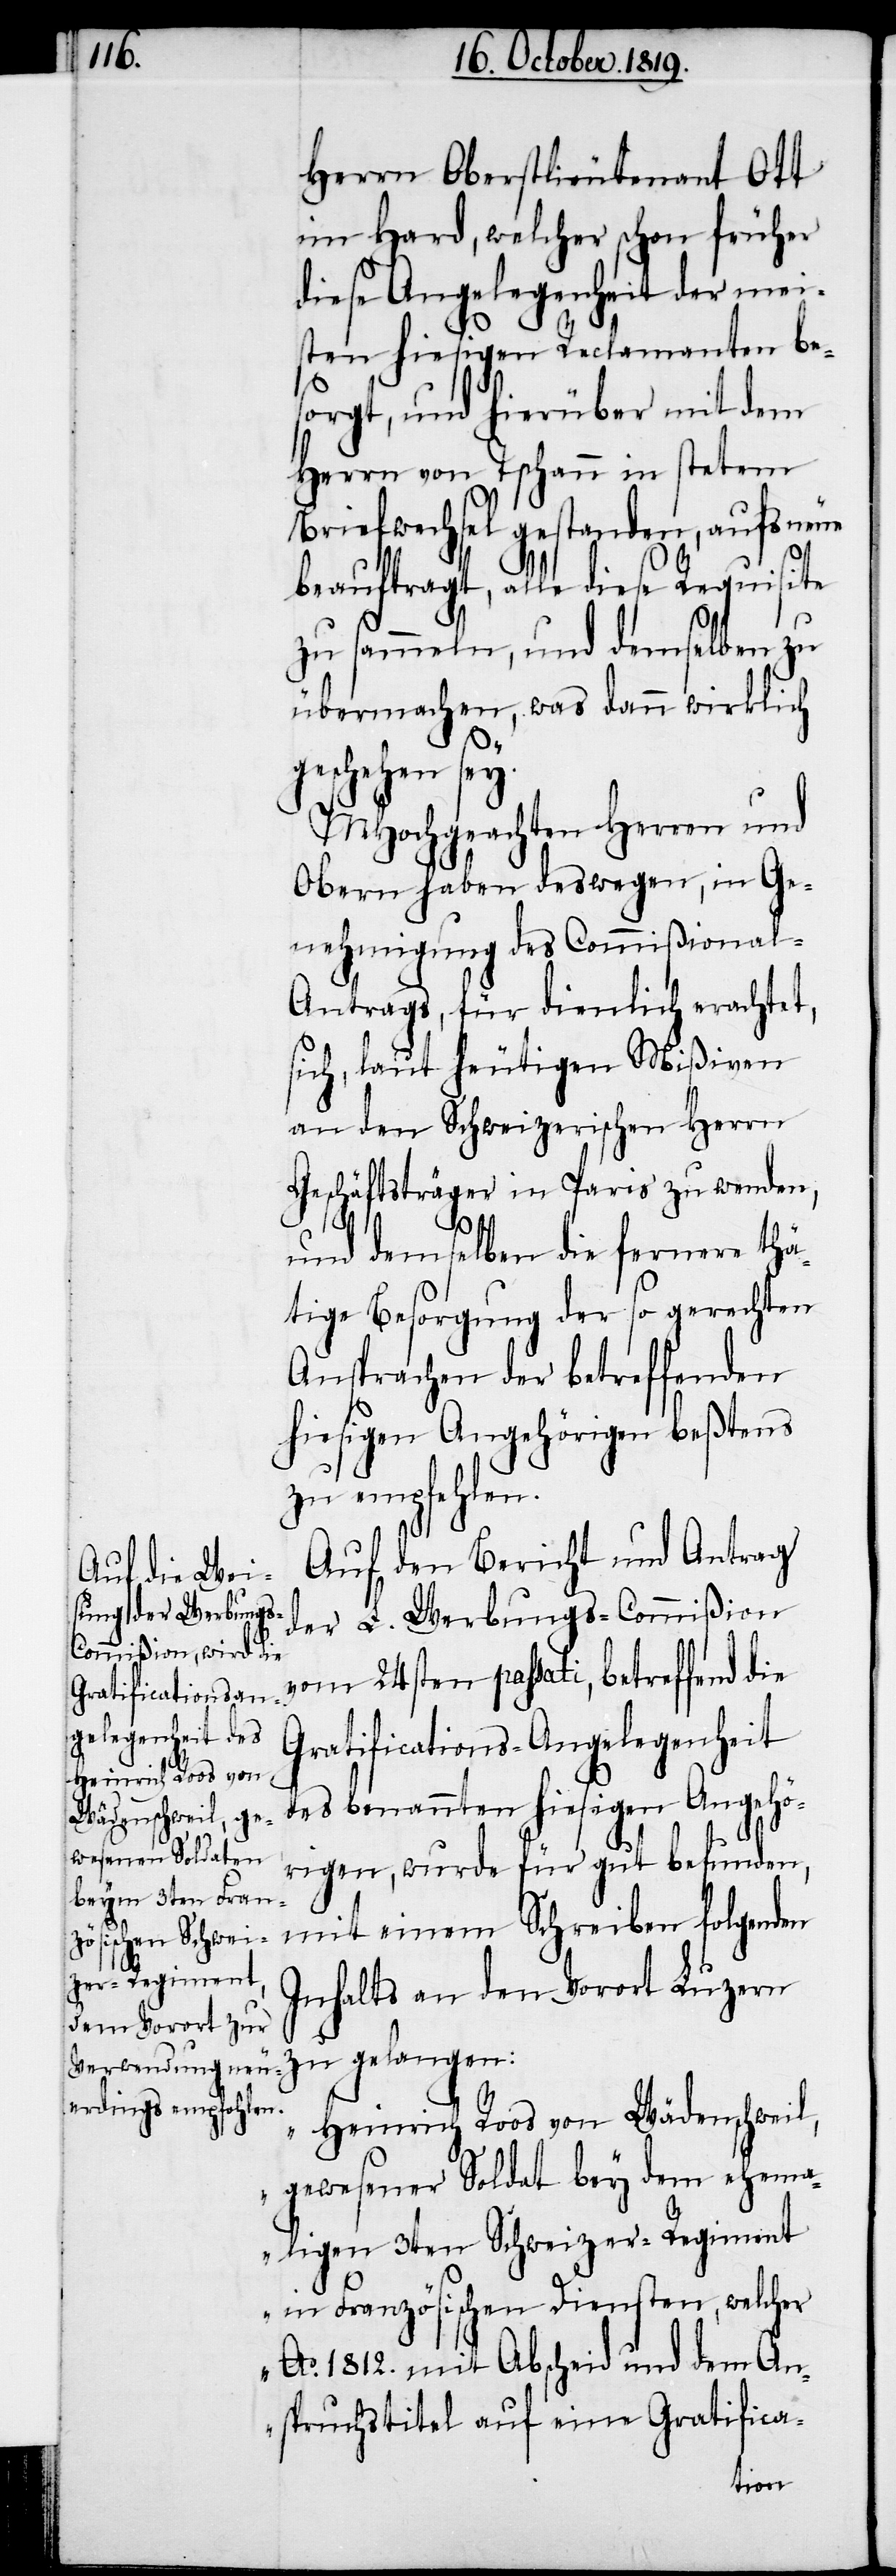
Herrn Oberstlieutenant Ott
im Hard, welcher schon früher
diese Angelegenheit der mei¬
sten hiesigen Reclamanten be¬
sogt, und hierüber mit dem
Herrn von Tschann in stetem
Briefwechsel gestanden, aufs neue
beauftragt, alle diese Requisite
zu sammeln, und demselben zu
übermachen, was dann wirklich
geschehen sey.
MHochgeachten Herren und
Obern haben deswegen, in Ge¬
nehmigung des Commißional-A¬
ntrags, für dienlich erachtet,
sich, laut heutigen Mißiven
an den Schweizerischen Herrn
Geschäftstrager in Paris zu wenden,
und demselben die fernere thä¬
tige Besorung der so gerechten
Ansprachen der betreffenden
hiesigen Angehörigen beßtens
zu empfehlen.
Auf den Bericht und Antrag
der L. Werbungs-Commißion
vom 24sten passati, betreffend die
Gratifications-Angelegenheit
des benannten hiesigen Angehö¬
rigen, wurde für gut befunden,
mit einem Schreiben folgenden
Inhalts an den Vorort Luzern
zu gelangen:
„Heinrich Roos von Wädenschweil,
gewesener Soldat bey dem ehema¬
ligen 3ten Schweizer-Regiment
in Französischen Diensten, welcher
Ao. 1812. mit Abscheid und dem An¬
spruchstitel auf eine Gratifica-